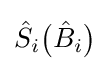
{\hat {S}}_{i}{\big (}{\hat {B}}_{i}{\big )}